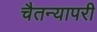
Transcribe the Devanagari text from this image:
चैतन्यापरी